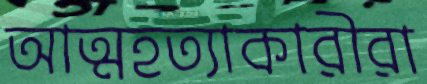
আত্মহত্যাকারীরা